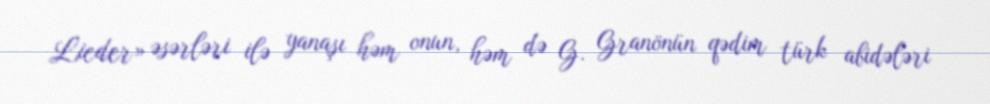
Lieder» əsərləri ilə yanaşı həm onun, həm də G. Granönün qədim türk abidələri